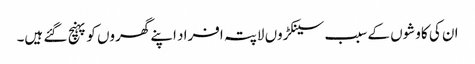
ان کی کاوشوں کے سبب سینکڑوں لاپتہ افراد اپنے گھروں کو پہنچ گئے ہیں۔